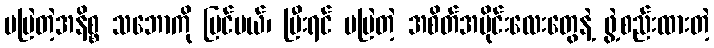
မမြဲတဲ့အနိစ္စ သဘောကို မြင်မယ်၊ ပြီးရင် မမြဲတဲ့ အစိတ်အပိုင်းလေးတွေနဲ့ ဖွဲ့စည်းထားတဲ့